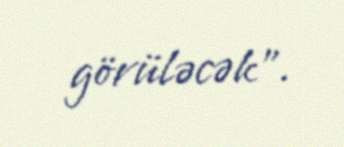
görüləcək".